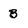
Character: 3